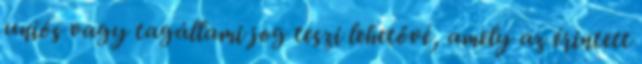
uniós vagy tagállami jog teszi lehetővé, amely az érintett